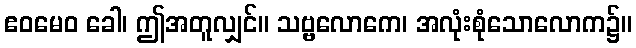
ဧဝမေဝ ခေါ၊ ဤအတူလျှင်။ သဗ္ဗလောကေ၊ အလုံးစုံသောလောက၌။